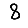
Digit: 8